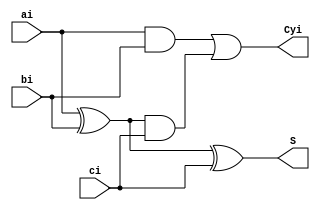
`timescale 1ns / 1ps
//////////////////////////////////////////////////////////////////////////////////
// Company: 
// Engineer: 
// 
// Design Name: 
// Module Name:    fa1 
// Project Name: 
// Target Devices: 
// Tool versions: 
// Description: 
//
// Dependencies: 
//
// Revision: 
// Revision 0.01 - File Created
// Additional Comments: 
//
//////////////////////////////////////////////////////////////////////////////////
module fa1(S, Cyi, ai, bi, ci);
output S, Cyi;
input ci, ai, bi;
wire w[2:0];
xor x1(w[0], ai, bi);
xor x2(S, w[0], ci);
and a1(w[1], ai, bi);
and a2(w[2], w[0], ci);
or o1(Cyi, w[1], w[2]);
endmodule